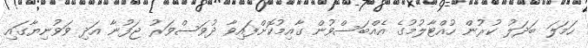
ހަމަލަ ބަދަލު ކުރުން ހުއްޓާލުމުގެ އެއްބަސްވުން ގާއިމުކޮށްފައިވާ ދުވަސްވަރު ޖަފުނާ އަދި ވަވުނިޔާގައި